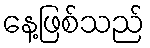
နေ့ဖြစ်သည်